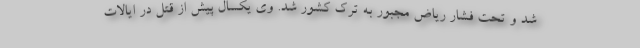
شد و تحت فشار ریاض مجبور به ترک کشور شد. وی یکسال پیش از قتل در ایالات